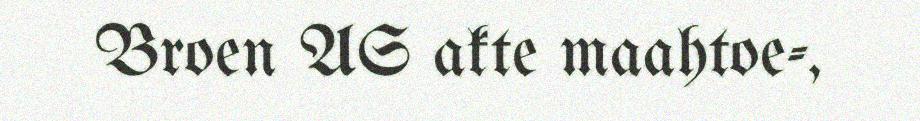
Broen AS akte maahtoe-,